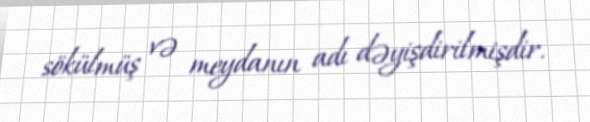
sökülmüş və meydanın adı dəyişdirilmişdir.